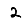
Digit: 2